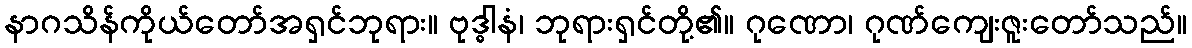
နာဂသိန်ကိုယ်တော်အရှင်ဘုရား။ ဗုဒ္ဓါနံ၊ ဘုရားရှင်တို့၏။ ဂုဏော၊ ဂုဏ်ကျေးဇူးတော်သည်။